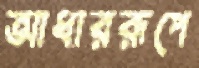
আধাররূপে